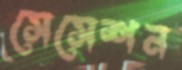
সেসেশন